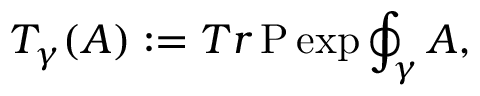
T _ { \gamma } ( A ) : = T r \, \mathrm { P } \exp \oint _ { \gamma } A ,